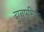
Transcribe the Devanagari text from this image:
दानपुरिया